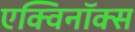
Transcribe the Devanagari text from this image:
एक्विनॉक्स